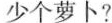
少个萝卜?